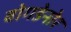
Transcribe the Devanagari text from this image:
बोगडेनोर